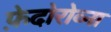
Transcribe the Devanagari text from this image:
फ़ेदोरोव्ना